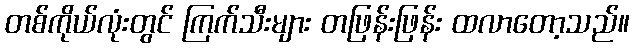
တစ်ကိုယ်လုံးတွင် ကြက်သီးများ တဖြန်းဖြန်း ထလာတော့သည်။